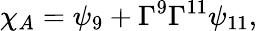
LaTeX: {\chi_{A}=\psi_{9}+\Gamma^{9}\Gamma^{11}\psi_{11},}